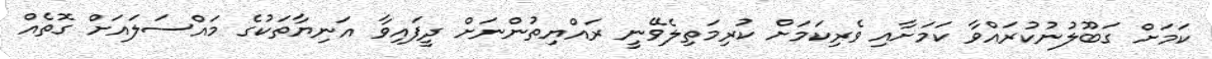
ކަމަށް ގަބޫލުނުކުރައްވާ ކަމަށާއި ވެރިކަމަށް ކުރިމަތިލެވޭނީ ރައްޔިތުންނަށް ދީފައިވާ އަނިޔާތަކުގެ މައްސަލައަށް ގޮތެއް